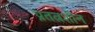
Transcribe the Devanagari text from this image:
प्रतत्नशीन